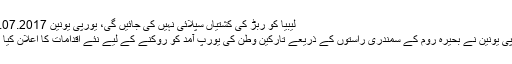
لیبیا کو ربڑ کی کشتیاں سپلائی نہیں کی جائیں گی، یورپی یونین 18.07.2017
یورپی یونین نے بحیرہ روم کے سمندری راستوں کے ذریعے تارکین وطن کی یورپ آمد کو روکنے کے لیے نئے اقدامات کا اعلان کیا ہے۔